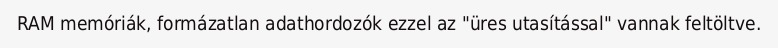
RAM memóriák, formázatlan adathordozók ezzel az "üres utasítással" vannak feltöltve.